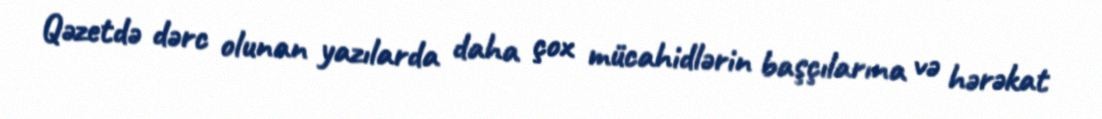
Qəzetdə dərc olunan yazılarda daha çox mücahidlərin başçılarına və hərəkat